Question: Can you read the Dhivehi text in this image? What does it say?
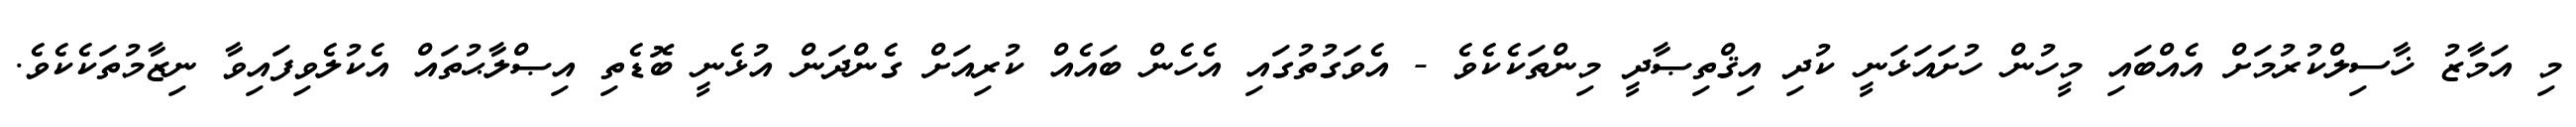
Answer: މި އަމާޒު ޚާސިލްކުރުމަށް އެއްބައި މީހުން ހުށައަޅަނީ ކުދި އިޤްތިޞާދީ މިންތަކެކެވެ - އެވަގުތުގައި އެހެން ބައެއް ކުރިއަށް ގެންދަން އުޅެނީ ބޮޑެތި އިޞްލާޙުތައް އެކުލެވިފައިވާ ނިޒާމުތަކެކެވެ.